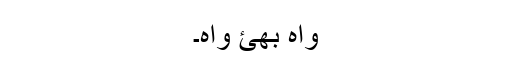
واہ بھئ واہ۔